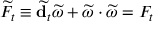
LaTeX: \widetilde { { \cal F } _ { t } } \equiv \widetilde { { \bf d } _ { t } } \widetilde { \omega } + \widetilde { \omega } \cdot \widetilde { \omega } = { \cal F } _ { t }